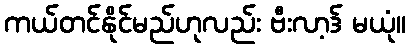
ကယ်တင်နိုင်မည်ဟုလည်း ဗီးလာ့ဒ် မယုံ။